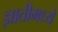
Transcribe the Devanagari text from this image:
ज्ञातीमध्ये